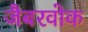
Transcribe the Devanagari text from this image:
जैबरवोक